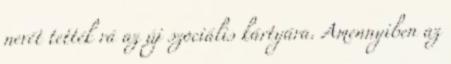
nevét tették rá az új szociális kártyára. Amennyiben az